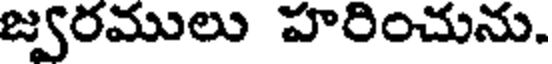
జ్వరములు హరించును.